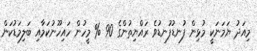
މިއަދު ޔަމަނަކީ މުޅިން ފުނޑުފުނޑުވެ ރައްޔިތުންގެ 90 % މީހުން ހައިހޫނުކަމާއި ބަލިމަޑުކަން